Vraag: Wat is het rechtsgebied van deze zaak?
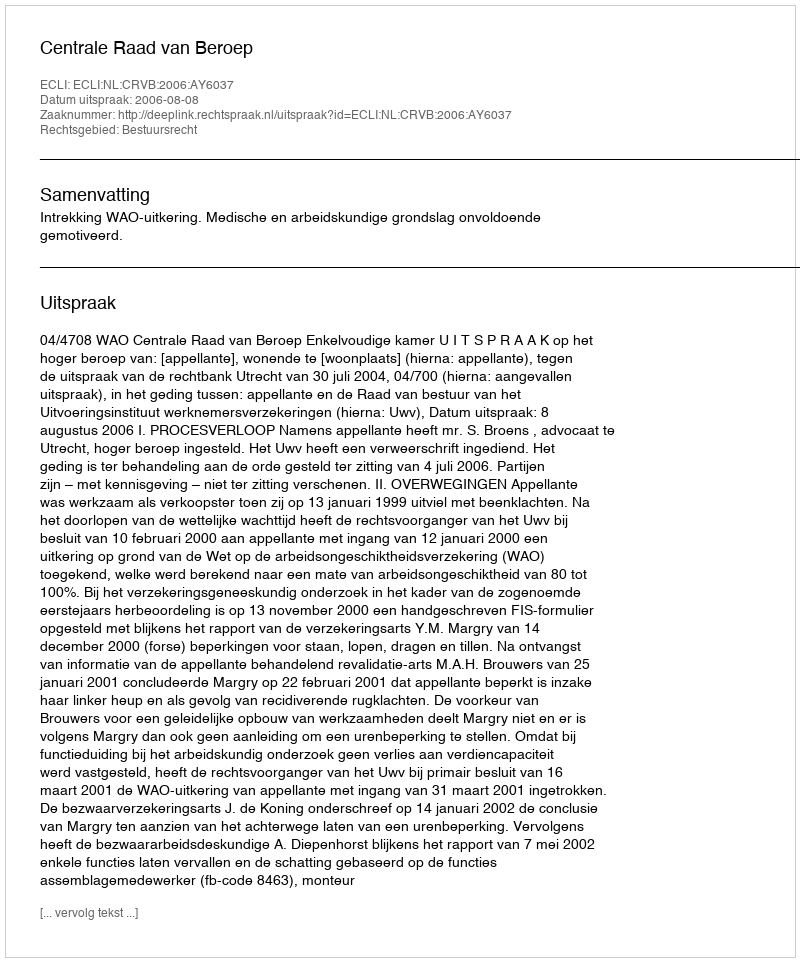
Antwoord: Bestuursrecht